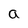
Character: a